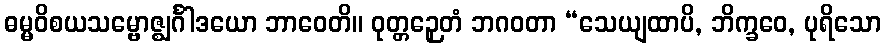
ဓမ္မဝိစယသမ္ဗောဇ္ဈင်္ဂါဒယော ဘာဝေတိ။ ဝုတ္တဉှေတံ ဘဂဝတာ “သေယျထာပိ, ဘိက္ခဝေ, ပုရိသော